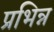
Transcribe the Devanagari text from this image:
प्रभिन्न